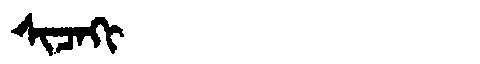
Manchu: ᠰᡳᠴᠠᡴᡳ
Romanization: SICAKI